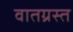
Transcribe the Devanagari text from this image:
वातग्रस्त